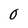
Character: O